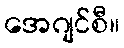
အေဂျင်စီ။